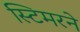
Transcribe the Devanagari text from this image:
स्टिमरने